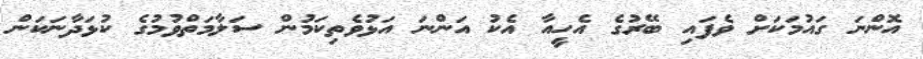
އޮންނަ ގައުމަކަށް ވެފައި ބޭރުގެ އެހީއާ އެކު އަންނަ އަޅުވެތިކަމުން ސަލާމަތްވުމުގެ ކުޅަދާނަކަން